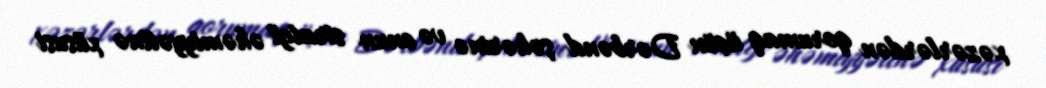
xəzərlərdən qorumaq üçün Dərbənd şəhərinə və onun strateji əhəmiyyətinə xüsusi